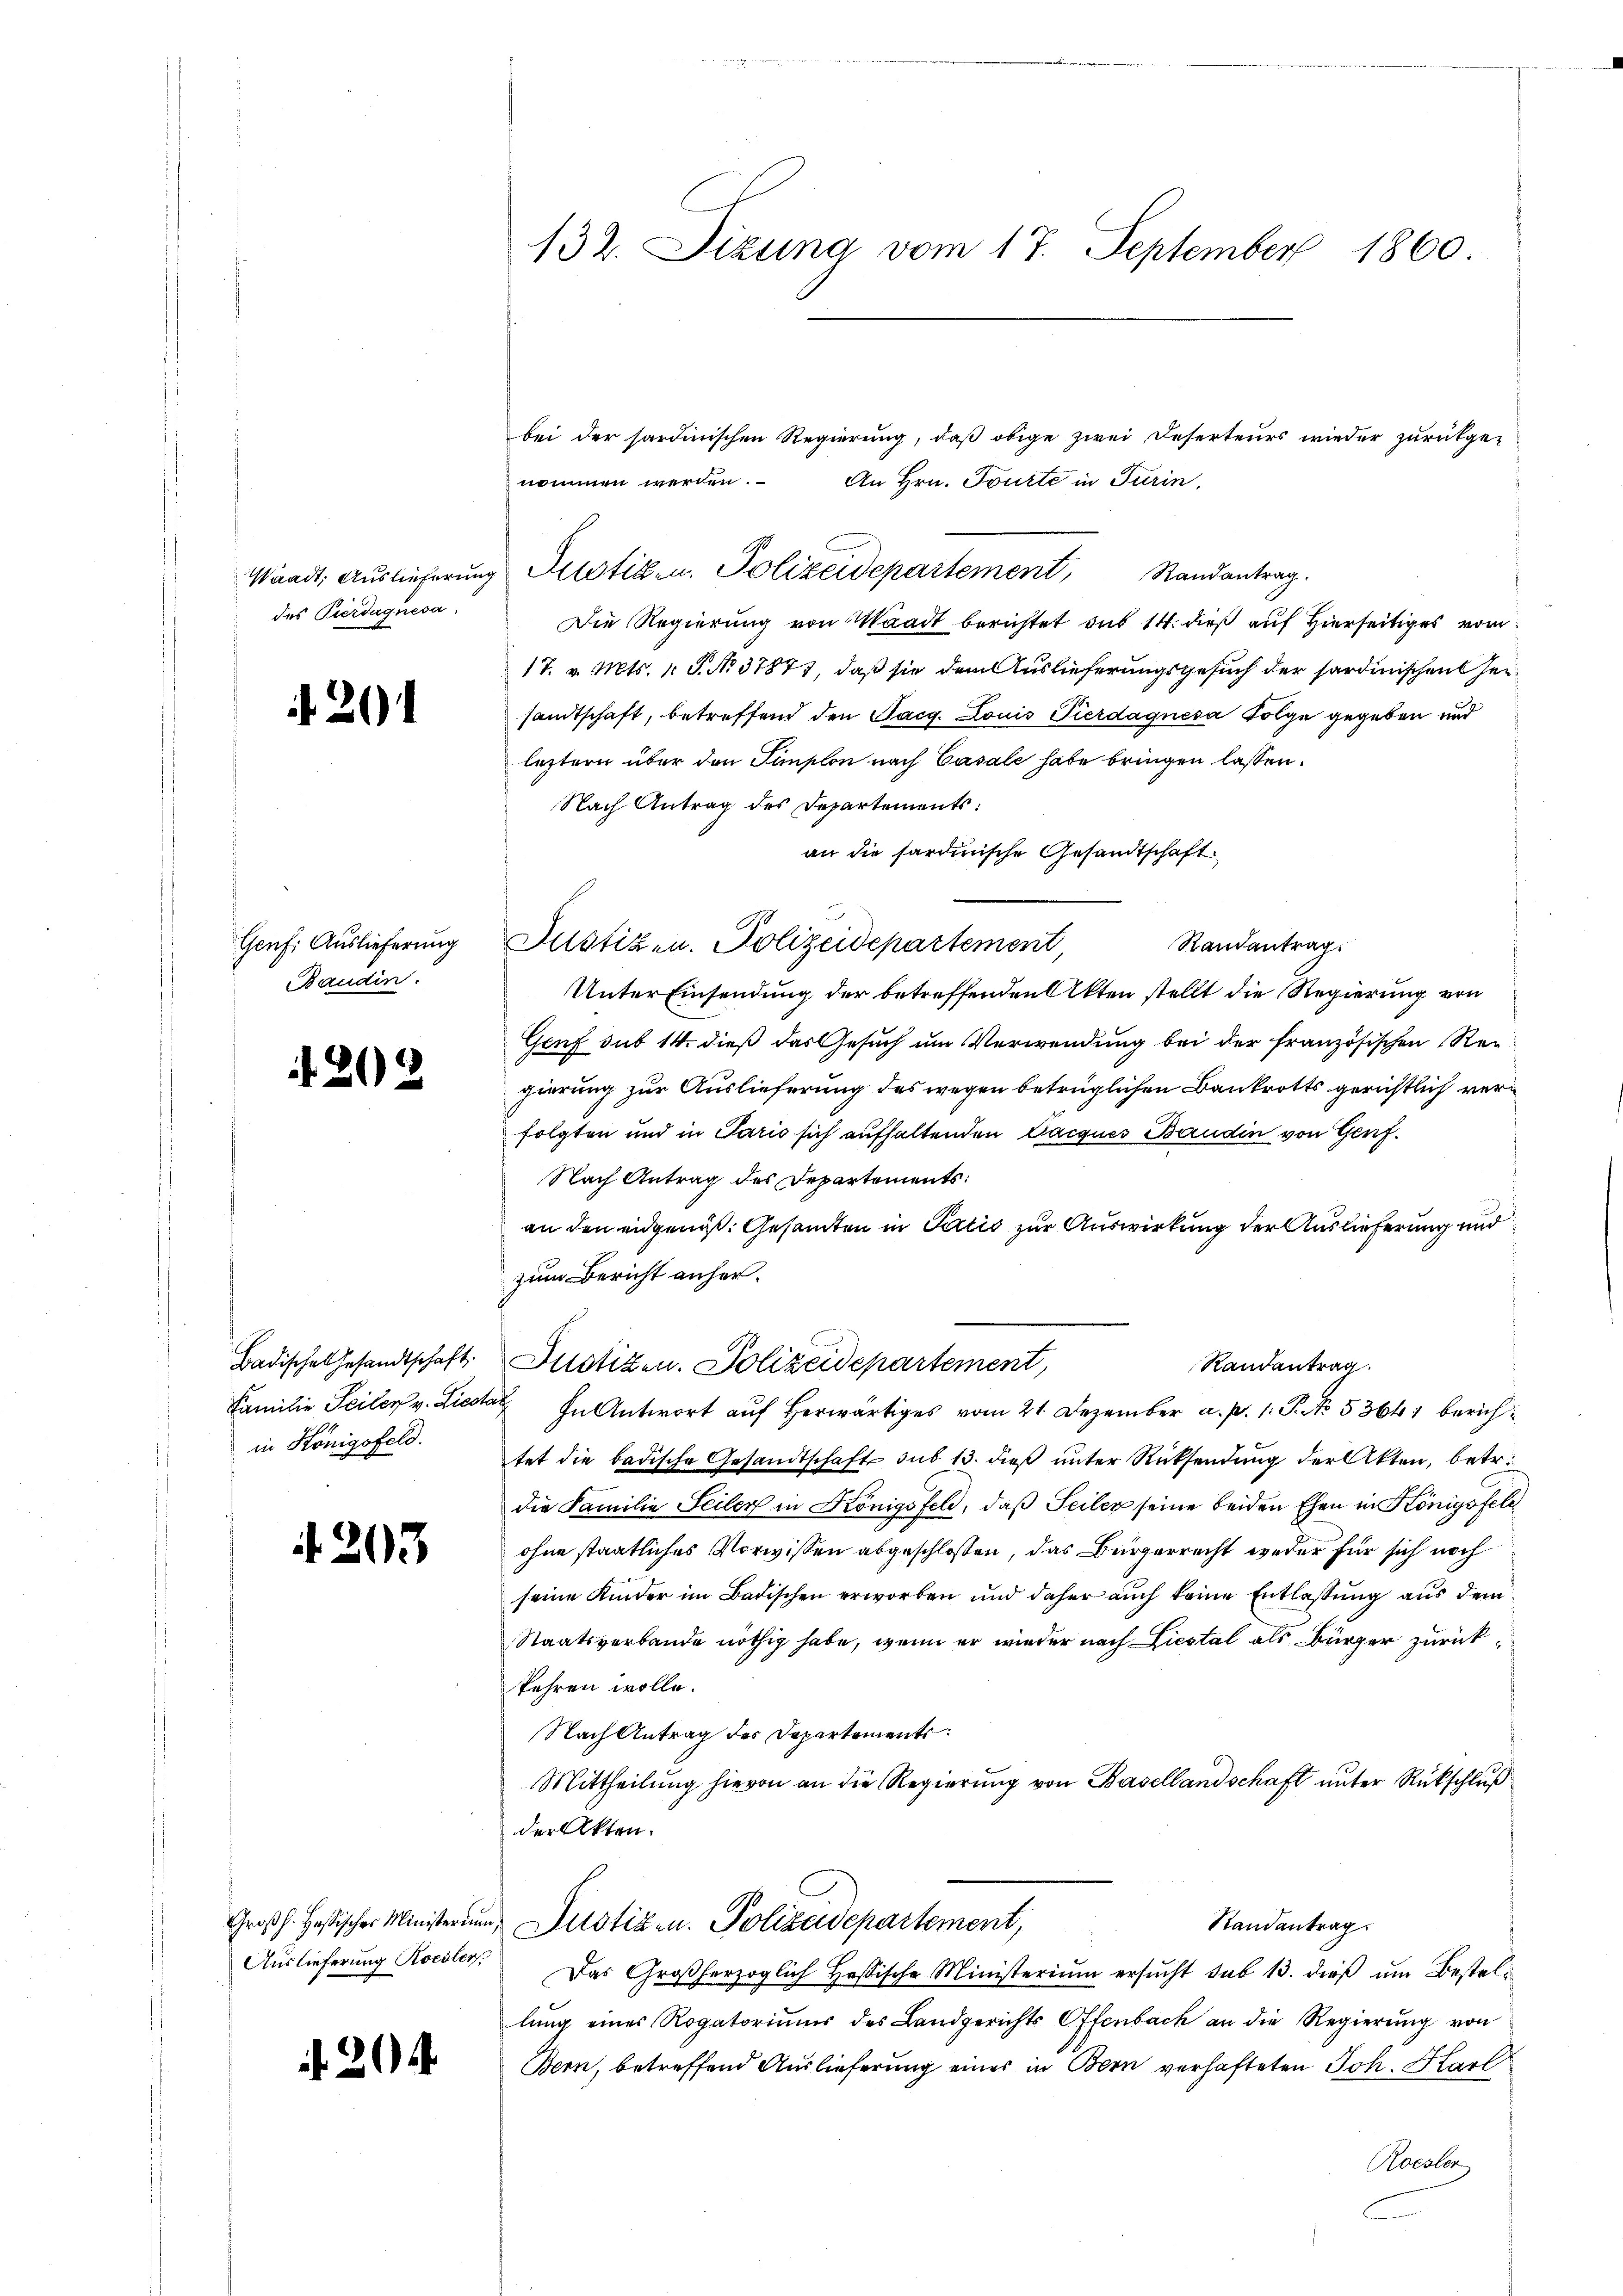
des Pierdaquesa.

Genf. Auslieferung
Baudin.

2

22.

Badischen Gesandtschaft
in Königsfeld.

. 203

. 20.

132. Sizung vom 17. September 1860.

bei der sardinischen Regierŭng, daß obige zwei Deserteurs wieder zurückge-
nommen werden.
An Hrn. Tourte in Turin,
Die Regierung von Waadt berichtet das 14. dieß auf Hierseitiges vom
17. v. Mts. 1 S. No 37877, daß sie dem Auslieferungsgesuch der Sardinischen Hersandtschaft, betreffend den Tacg. Louis Pierdagnesa Folge gegeben und
letztern über den Simplon nach Casale habe bringen lassen.
Nach Antrag des Departements:
an die sardinische Gesandtschaft
Randantrag.
Unter Einsendung der betreffenden Akten stellt die Regierung von
Genf sub 14. dieß das Gesuch um Verwendung bei der französischen Reigierung zur Auslieferung des wegen betrüglichen Bankrotts gerichtlich verfolgten und in Paris sich aufhaltenden Cacques Baudin von Genf.
Nach Antrag des Departements:
an den eidgenöß: Gesandten in Satis zur Auswirkung der Auslieferung und
zum Bericht anher¬
Randantrag.
Justizen. Polizeidepartement,
Familie Seiler v. Liestal In Antwort auf herwärtiges vom 21. Dezember a. p. 1. P. No. 53641 berichtet die badische Gesandtschaft sub 13. dieß unter Rücksendung der Akten, betr.
die Familie Seiler in Königsfeld, daß Seiler seine beiden Ehen in Königsfeld
ohne staatliches Vorwissen abgeschlossen, das Bürgerrecht weder für sich noch
seine Kinder im Badischen erworben und daher auch keine Entlaßung aus dem
Staatsverbande nöthig habe, wenn er wieder nach Liestal als Bürger zurückkehren wolle.
Nach Antrag des Departements
Mittheilung hievon an die Regierung von Basellandschaft unter Rückschluß
der Akten.
Randantrag
Großh. Hastischer Ministerung, Justizen. Polizeidepartement,
Aŭslieferŭng Rocoler. Das Großherzoglich Hassische Ministeriŭm ersŭcht sub 13. dieβ ŭm Bestel-
lung eines Rogatoriums des Landgerichts Offenbach an die Regierung von
Bern, betreffend Auslieferung eines in Bern verhafteten Joh. Karl
Roester

Waadt, Auslieferung Justiz- u. Polizeidepartement, Randantrag.

Justizen. Polizeidepartement,